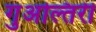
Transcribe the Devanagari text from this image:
गुअल्तिरी